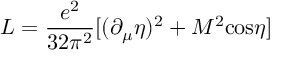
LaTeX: { \cal L } = \frac { e ^ { 2 } } { 3 2 \pi ^ { 2 } } [ ( \partial _ { \mu } \eta ) ^ { 2 } + M ^ { 2 } \mathrm { c o s } \eta ]